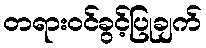
တရားဝင်ခွင့်ပြုချက်